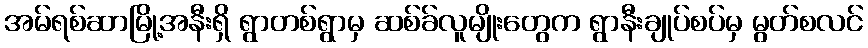
အမ်ရစ်ဆာမြို့အနီးရှိ ရွာတစ်ရွာမှ ဆစ်ခ်လူမျိုးတွေက ရွာနီးချုပ်စပ်မှ မွတ်စလင်